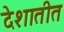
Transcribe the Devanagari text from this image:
देशातीत